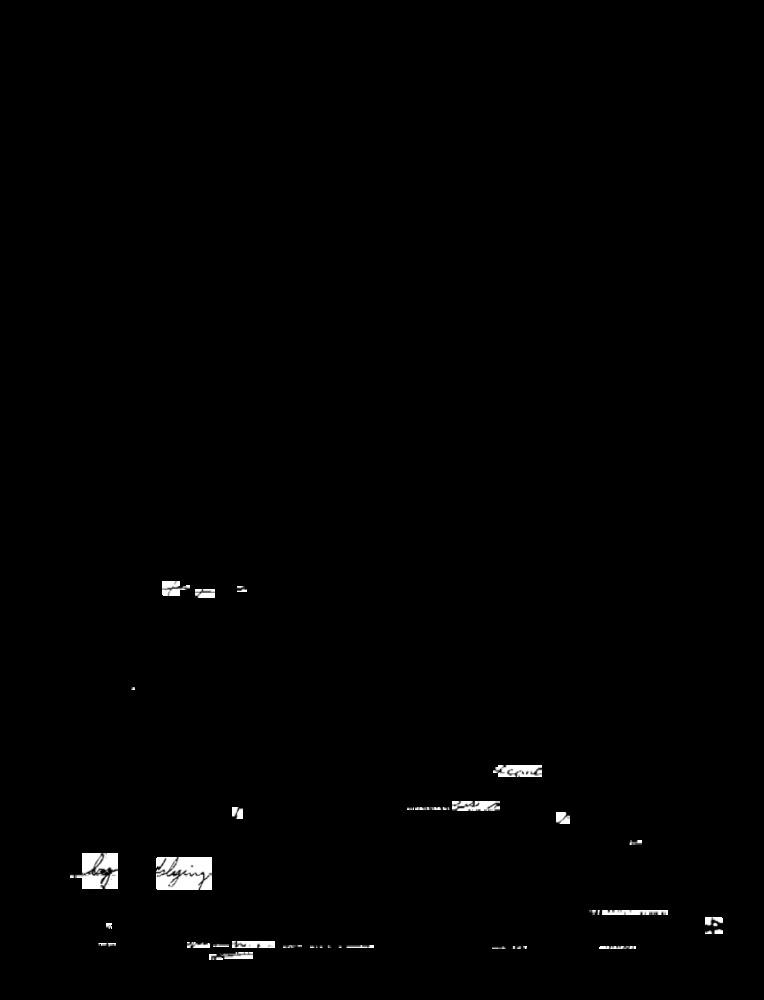
saying